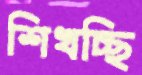
শিখচ্ছি